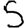
Digit: 5